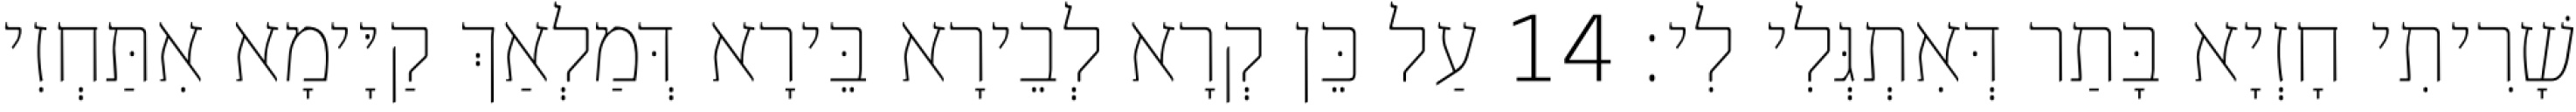
שָׁרִיתִי חָזְיָא בָּתַר דְּאִתְגְּלִי לִי׃ 14 עַל כֵּן קְרָא לְבֵירָא בֵּירָא דְּמַלְאַךְ קַיָּימָא אִתַּחְזִי